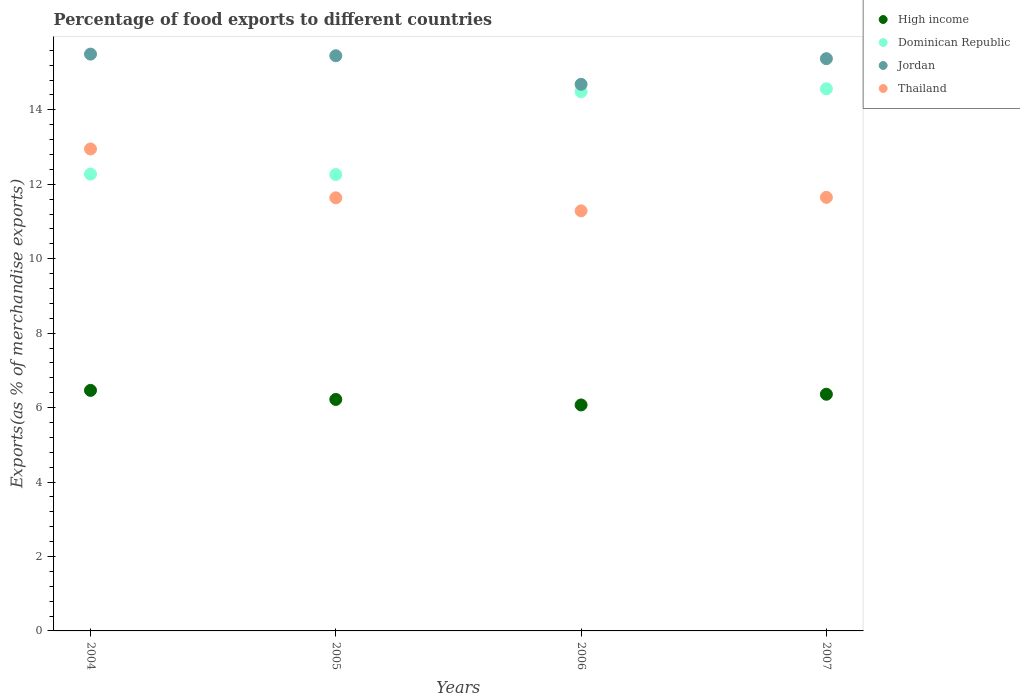
| Years | High income | Dominican Republic | Jordan | Thailand |
 | --- | --- | --- | --- | --- |
 | 2004 | 6.46 | 12.3 | 15.5 | 12.9 |
 | 2005 | 6.22 | 12.3 | 15.5 | 11.6 |
 | 2006 | 6.07 | 14.5 | 14.7 | 11.3 |
 | 2007 | 6.36 | 14.6 | 15.4 | 11.6 |